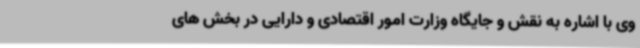
وی با اشاره به نقش و جایگاه وزارت امور اقتصادی و دارایی در بخش های